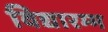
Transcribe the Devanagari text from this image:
विद्यारम्भ